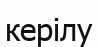
керілу